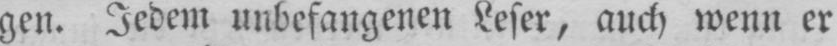
gen. Jedem unbefangenen Leser, auch wenn er